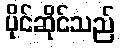
ပိုင်ဆိုင်သည်